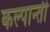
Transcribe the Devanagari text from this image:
कल्पान्ती